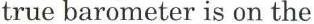
true barometer is on the